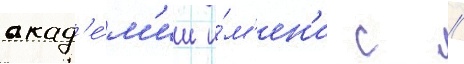
акад'е́м'ии и́м'ен'и с //